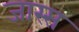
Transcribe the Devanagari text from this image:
जास्स